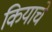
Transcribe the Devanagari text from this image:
कियाचे